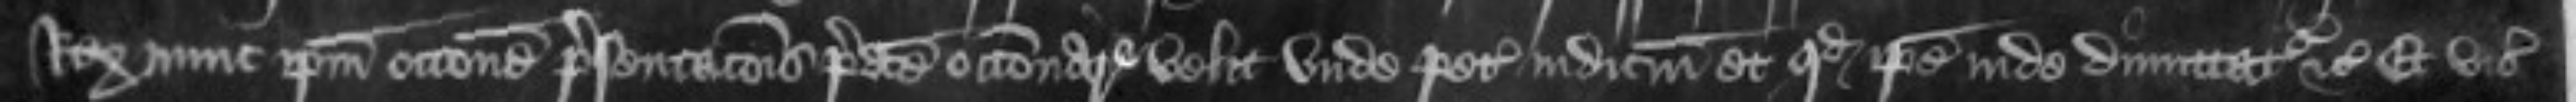
Rex nunc ipsum occasione presentacionis predicte occasionare velit unde petit iudicium et quod ipse inde dimittatur etc Et vicecomites